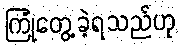
ကြုံတွေ့ခဲ့ရသည်ဟု